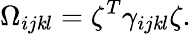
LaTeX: \Omega_{ij\mathit{k}l}=\zeta^{T}\gamma_{ij\mathit{k}l}\zeta.